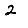
Digit: 2